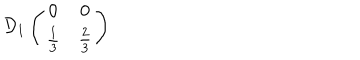
\mathcal { D } _ { 1 } \left( \begin{array} { c c } { { 0 } } & { { 0 } } \\ { { \frac { 1 } { 3 } } } & { { \frac { 2 } { 3 } } } \\ \end{array} \right)